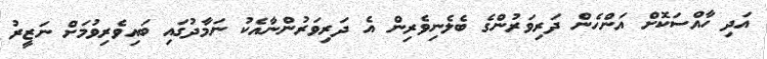
އަދި ހާއްސަކޮށް އަންހެން ދަރިވަރުންގެ ބެލެނިވެރިން އެ ދަރިވަރުންނާއެކު ނަމާދުގައި ބައިވެރިވުމަށް ނަޒީރު